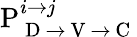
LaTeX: \mathrm{P}_{\mathrm{~D~}\rightarrow\mathrm{~V~}\rightarrow\mathrm{~C~}}^{i\rightarrow j}